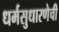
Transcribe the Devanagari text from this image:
धर्मसुधारणेची